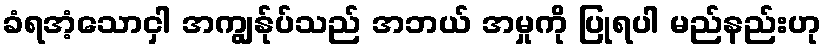
ခံရအံ့သောငှါ အကျွန်ုပ်သည် အဘယ် အမှုကို ပြုရပါ မည်နည်းဟု